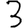
Digit: 3